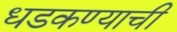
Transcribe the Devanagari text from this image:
धडकण्याची